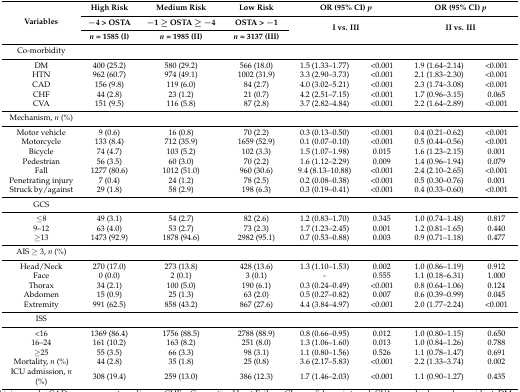
<table><thead><tr><td rowspan="3"><b>Variables</b></td><td><b>High Risk</b></td><td><b>Medium Risk</b></td><td><b>Low Risk</b></td><td colspan="2"><b>OR (95% CI) <i>p</i></b></td><td colspan="2"><b>OR (95% CI) <i>p</i></b></td></tr><tr><td><b>−4 &gt; OSTA</b></td><td><b>−1 ≥ OSTA ≥ −4</b></td><td><b>OSTA &gt; −1</b></td><td rowspan="2" colspan="2"><b>I vs. III</b></td><td rowspan="2" colspan="2"><b>II vs. III</b></td></tr><tr><td><b><i>n</i> = 1585 (I)</b></td><td><b><i>n</i> = 1985 (II)</b></td><td><b><i>n</i> = 3137 (III)</b></td></tr></thead><tbody><tr><td>Co-morbidity</td><td></td><td></td><td></td><td></td><td></td><td></td><td></td></tr><tr><td>DM</td><td>400 (25.2)</td><td>580 (29.2)</td><td>566 (18.0)</td><td>1.5 (1.33–1.77)</td><td>&lt;0.001</td><td>1.9 (1.64–2.14)</td><td>&lt;0.001</td></tr><tr><td>HTN</td><td>962 (60.7)</td><td>974 (49.1)</td><td>1002 (31.9)</td><td>3.3 (2.90–3.73)</td><td>&lt;0.001</td><td>2.1 (1.83–2.30)</td><td>&lt;0.001</td></tr><tr><td>CAD</td><td>156 (9.8)</td><td>119 (6.0)</td><td>84 (2.7)</td><td>4.0 (3.02–5.21)</td><td>&lt;0.001</td><td>2.3 (1.74–3.08)</td><td>&lt;0.001</td></tr><tr><td>CHF</td><td>44 (2.8)</td><td>23 (1.2)</td><td>21 (0.7)</td><td>4.2 (2.51–7.15)</td><td>&lt;0.001</td><td>1.7 (0.96–3.15)</td><td>0.065</td></tr><tr><td>CVA</td><td>151 (9.5)</td><td>116 (5.8)</td><td>87 (2.8)</td><td>3.7 (2.82–4.84)</td><td>&lt;0.001</td><td>2.2 (1.64–2.89)</td><td>&lt;0.001</td></tr><tr><td>Mechanism, <i>n</i> (%)</td><td></td><td></td><td></td><td></td><td></td><td></td><td></td></tr><tr><td>Motor vehicle</td><td>9 (0.6)</td><td>16 (0.8)</td><td>70 (2.2)</td><td>0.3 (0.13–0.50)</td><td>&lt;0.001</td><td>0.4 (0.21–0.62)</td><td>&lt;0.001</td></tr><tr><td>Motorcycle</td><td>133 (8.4)</td><td>712 (35.9)</td><td>1659 (52.9)</td><td>0.1 (0.07–0.10)</td><td>&lt;0.001</td><td>0.5 (0.44–0.56)</td><td>&lt;0.001</td></tr><tr><td>Bicycle</td><td>74 (4.7)</td><td>103 (5.2)</td><td>102 (3.3)</td><td>1.5 (1.07–1.98)</td><td>0.015</td><td>1.6 (1.23–2.15)</td><td>0.001</td></tr><tr><td>Pedestrian</td><td>56 (3.5)</td><td>60 (3.0)</td><td>70 (2.2)</td><td>1.6 (1.12–2.29)</td><td>0.009</td><td>1.4 (0.96–1.94)</td><td>0.079</td></tr><tr><td>Fall</td><td>1277 (80.6)</td><td>1012 (51.0)</td><td>960 (30.6)</td><td>9.4 (8.13–10.88)</td><td>&lt;0.001</td><td>2.4 (2.10–2.65)</td><td>&lt;0.001</td></tr><tr><td>Penetrating injury</td><td>7 (0.4)</td><td>24 (1.2)</td><td>78 (2.5)</td><td>0.2 (0.08–0.38)</td><td>&lt;0.001</td><td>0.5 (0.30–0.76)</td><td>0.001</td></tr><tr><td>Struck by/against</td><td>29 (1.8)</td><td>58 (2.9)</td><td>198 (6.3)</td><td>0.3 (0.19–0.41)</td><td>&lt;0.001</td><td>0.4 (0.33–0.60)</td><td>&lt;0.001</td></tr><tr><td>GCS</td><td colspan="7"></td></tr><tr><td>≤8</td><td>49 (3.1)</td><td>54 (2.7)</td><td>82 (2.6)</td><td>1.2 (0.83–1.70)</td><td>0.345</td><td>1.0 (0.74–1.48)</td><td>0.817</td></tr><tr><td>9–12</td><td>63 (4.0)</td><td>53 (2.7)</td><td>73 (2.3)</td><td>1.7 (1.23–2.45)</td><td>0.001</td><td>1.2 (0.81–1.65)</td><td>0.440</td></tr><tr><td>≥13</td><td>1473 (92.9)</td><td>1878 (94.6)</td><td>2982 (95.1)</td><td>0.7 (0.53–0.88)</td><td>0.003</td><td>0.9 (0.71–1.18)</td><td>0.477</td></tr><tr><td>AIS ≥ 3, <i>n</i> (%)</td><td></td><td></td><td></td><td></td><td></td><td></td><td></td></tr><tr><td>Head/Neck</td><td>270 (17.0)</td><td>273 (13.8)</td><td>428 (13.6)</td><td>1.3 (1.10–1.53)</td><td>0.002</td><td>1.0 (0.86–1.19)</td><td>0.912</td></tr><tr><td>Face</td><td>0 (0.0)</td><td>2 (0.1)</td><td>3 (0.1)</td><td>-</td><td>0.555</td><td>1.1 (0.18–6.31)</td><td>1.000</td></tr><tr><td>Thorax</td><td>34 (2.1)</td><td>100 (5.0)</td><td>190 (6.1)</td><td>0.3 (0.24–0.49)</td><td>&lt;0.001</td><td>0.8 (0.64–1.06)</td><td>0.124</td></tr><tr><td>Abdomen</td><td>15 (0.9)</td><td>25 (1.3)</td><td>63 (2.0)</td><td>0.5 (0.27–0.82)</td><td>0.007</td><td>0.6 (0.39–0.99)</td><td>0.045</td></tr><tr><td>Extremity</td><td>991 (62.5)</td><td>858 (43.2)</td><td>867 (27.6)</td><td>4.4 (3.84–4.97)</td><td>&lt;0.001</td><td>2.0 (1.77–2.24)</td><td>&lt;0.001</td></tr><tr><td>ISS</td><td colspan="7"></td></tr><tr><td>&lt;16</td><td>1369 (86.4)</td><td>1756 (88.5)</td><td>2788 (88.9)</td><td>0.8 (0.66–0.95)</td><td>0.012</td><td>1.0 (0.80–1.15)</td><td>0.650</td></tr><tr><td>16–24</td><td>161 (10.2)</td><td>163 (8.2)</td><td>251 (8.0)</td><td>1.3 (1.06–1.60)</td><td>0.013</td><td>1.0 (0.84–1.26)</td><td>0.788</td></tr><tr><td>≥25</td><td>55 (3.5)</td><td>66 (3.3)</td><td>98 (3.1)</td><td>1.1 (0.80–1.56)</td><td>0.526</td><td>1.1 (0.78–1.47)</td><td>0.691</td></tr><tr><td>Mortality, <i>n</i> (%)</td><td>44 (2.8)</td><td>35 (1.8)</td><td>25 (0.8)</td><td>3.6 (2.17–5.83)</td><td>&lt;0.001</td><td>2.2 (1.33–3.74)</td><td>0.002</td></tr><tr><td>ICU admission, <i>n</i> (%)</td><td>308 (19.4)</td><td>259 (13.0)</td><td>386 (12.3)</td><td>1.7 (1.46–2.03)</td><td>&lt;0.001</td><td>1.1 (0.90–1.27)</td><td>0.435</td></tr></tbody></table>